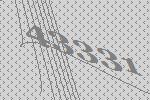
43331